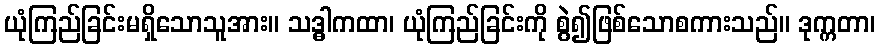
ယုံကြည်ခြင်းမရှိသောသူအား။ သဒ္ဓါကထာ၊ ယုံကြည်ခြင်းကို စွဲ၍ဖြစ်သောစကားသည်။ ဒုက္ကတာ၊